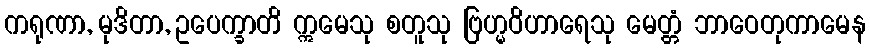
ကရုဏာ, မုဒိတာ, ဥပေက္ခာတိ ဣမေသု စတူသု ဗြဟ္မဝိဟာရေသု မေတ္တံ ဘာဝေတုကာမေန